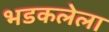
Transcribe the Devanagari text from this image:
भडकलेला